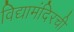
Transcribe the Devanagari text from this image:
विद्यामंदिरची